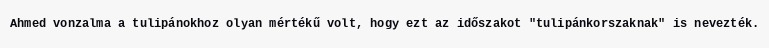
Ahmed vonzalma a tulipánokhoz olyan mértékű volt, hogy ezt az időszakot "tulipánkorszaknak" is nevezték.